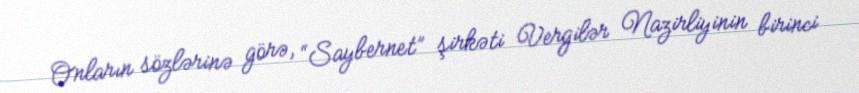
Onların sözlərinə görə, “Saybernet” şirkəti Vergilər Nazirliyinin birinci